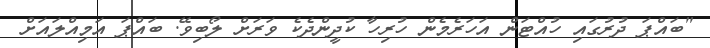
"ބައްޕަ ދުރުގައި ހުއްޓަން އަހަރެމެން ހުރިހާ ކުދީންދެކެ ވަރަށް ލޯބިވޭ. ބައްޕަ އަމިއްލައަށް